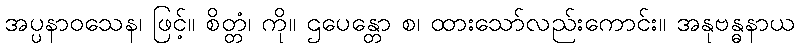
အပ္ပနာဝသေန၊ ဖြင့်။ စိတ္တံ၊ ကို။ ဌပေန္တော စ၊ ထားသော်လည်းကောင်း။ အနုဗန္ဓနာယ